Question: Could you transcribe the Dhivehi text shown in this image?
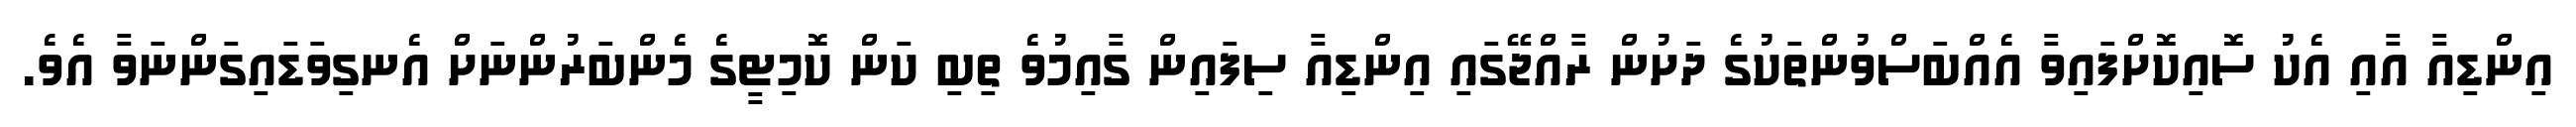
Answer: އިންޑިއާ އާއި އެކު ސޮއިކޮށްފައިވާ އެއްބަސްވުންތަކުގެ ދަށުން ރާއްޖޭގައި އިންޑިއާ ސިފައިން ގާއިމުވެ ތިބި ކަން ކޮމިޓީގެ މެންބަރުންނަށް އެނގިވަޑައިގަންނަވާ އެވެ.